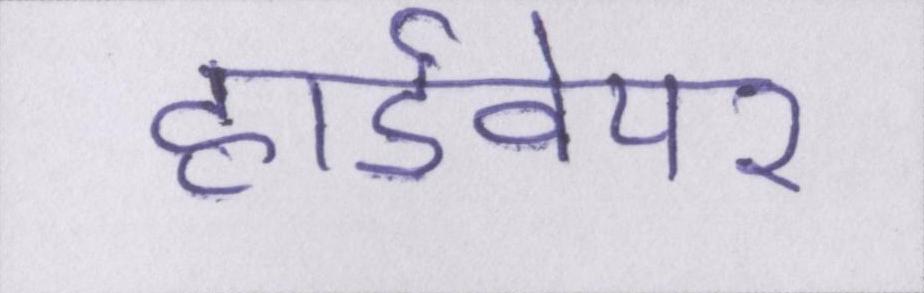
हार्डवेयर